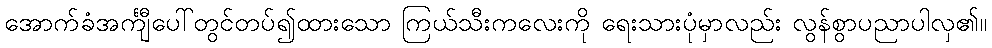
အောက်ခံအင်္ကျီပေါ်တွင်တပ်၍ထားသော ကြယ်သီးကလေးကို ရေးသားပုံမှာလည်း လွန်စွာပညာပါလှ၏။